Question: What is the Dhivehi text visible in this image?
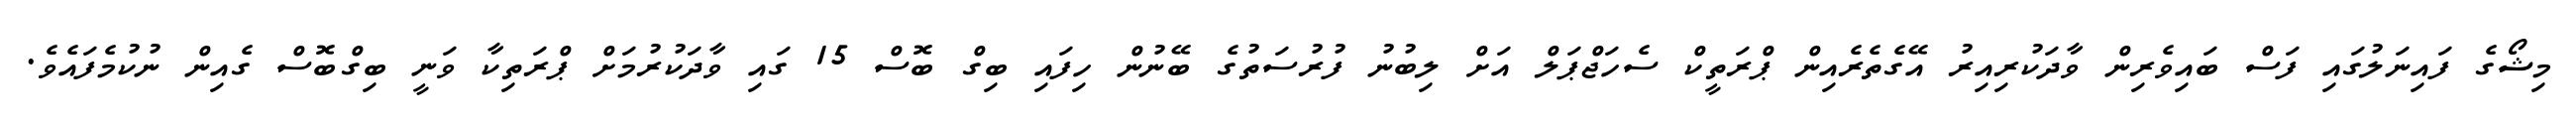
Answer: މިޝޯގެ ފައިނަލުގައި ފަސް ބައިވެރިން ވާދަކުރިއިރު އޭގެތެރެއިން ޕްރަތީކް ސެހަޖްޕަލް އަށް ލިބުނު ފުރުސަތުގެ ބޭނުން ހިފައި ބިގް ބޮސް 15 ގައި ވާދަކުރުމަށް ޕްރަތިކާ ވަނީ ބިގްބޮސް ގެއިން ނުކުމެފައެވެ.